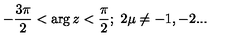
- \frac { 3 \pi } 2 < \arg z < \frac \pi 2 ; \ 2 \mu \neq - 1 , - 2 . . .